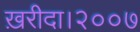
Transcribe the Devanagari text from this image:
ख़रीदा।२००७